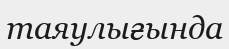
таяулығында